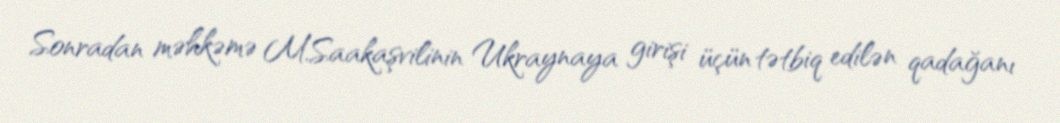
Sonradan məhkəmə M.Saakaşvilinin Ukraynaya girişi üçün tətbiq edilən qadağanı